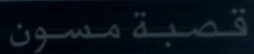
قصبةمسون